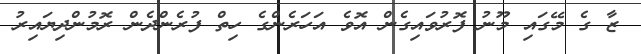
ޒާ ގެ މޭގައި މޫނު ފޮރުވައިގެން އޮވެ އަހަރެންގެ ހިތް ފުރެންދެން ރޮމުންދިޔައިރު